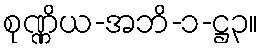
စုဏ္ဏိယ-အဘိ-၁-ဋ္ဌ၃။